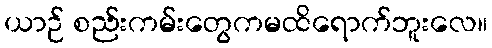
ယာဉ် စည်းကမ်းတွေကမထိရောက်ဘူးလေ။